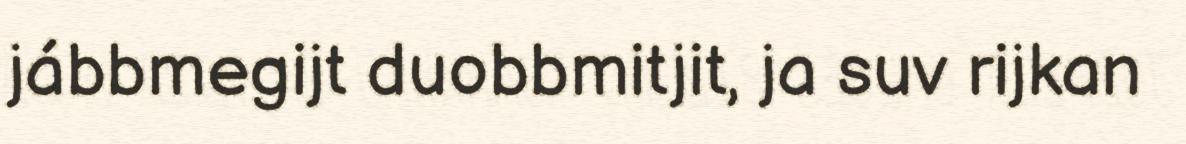
jábbmegijt duobbmitjit, ja suv rijkan